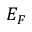
E _ { F }